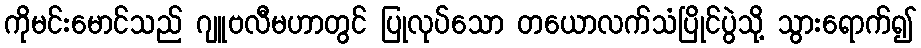
ကိုမင်းမောင်သည် ဂျူဗလီမဟာတွင် ပြုလုပ်သော တယောလက်သံပြိုင်ပွဲသို့ သွားရောက်၍